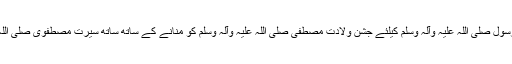
ہم عہد کریں کہ مادیت پرستی کے اس پر فتن دور میں فروغ عشق رسول صلی اللہ علیہ وآلہ وسلم کیلئے جشن ولادت مصطفی صلی اللہ علیہ وآلہ وسلم کو منانے کے ساتھ ساتھ سیرت مصطفوی صلی اللہ علیہ وآلہ وسلم کو بھی بطور نظام اپنی زندگیوں میں نافذ کریں گے۔